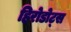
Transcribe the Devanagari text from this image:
हिरोडोट्स